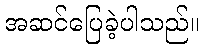
အဆင်ပြေခဲ့ပါသည်။